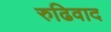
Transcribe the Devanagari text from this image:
रुढिवाद